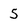
Character: 5